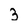
Character: 3